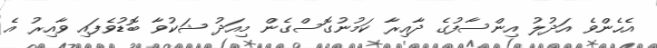
އެހެންވެ އަދުލު އިންސާފުގެ ދާއިރާ ކަމުނުގޮސްގެން މިއަދު ޝަކުވާ ބޮޑުވެފައި ވާއިރު އެ